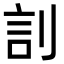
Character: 䚯